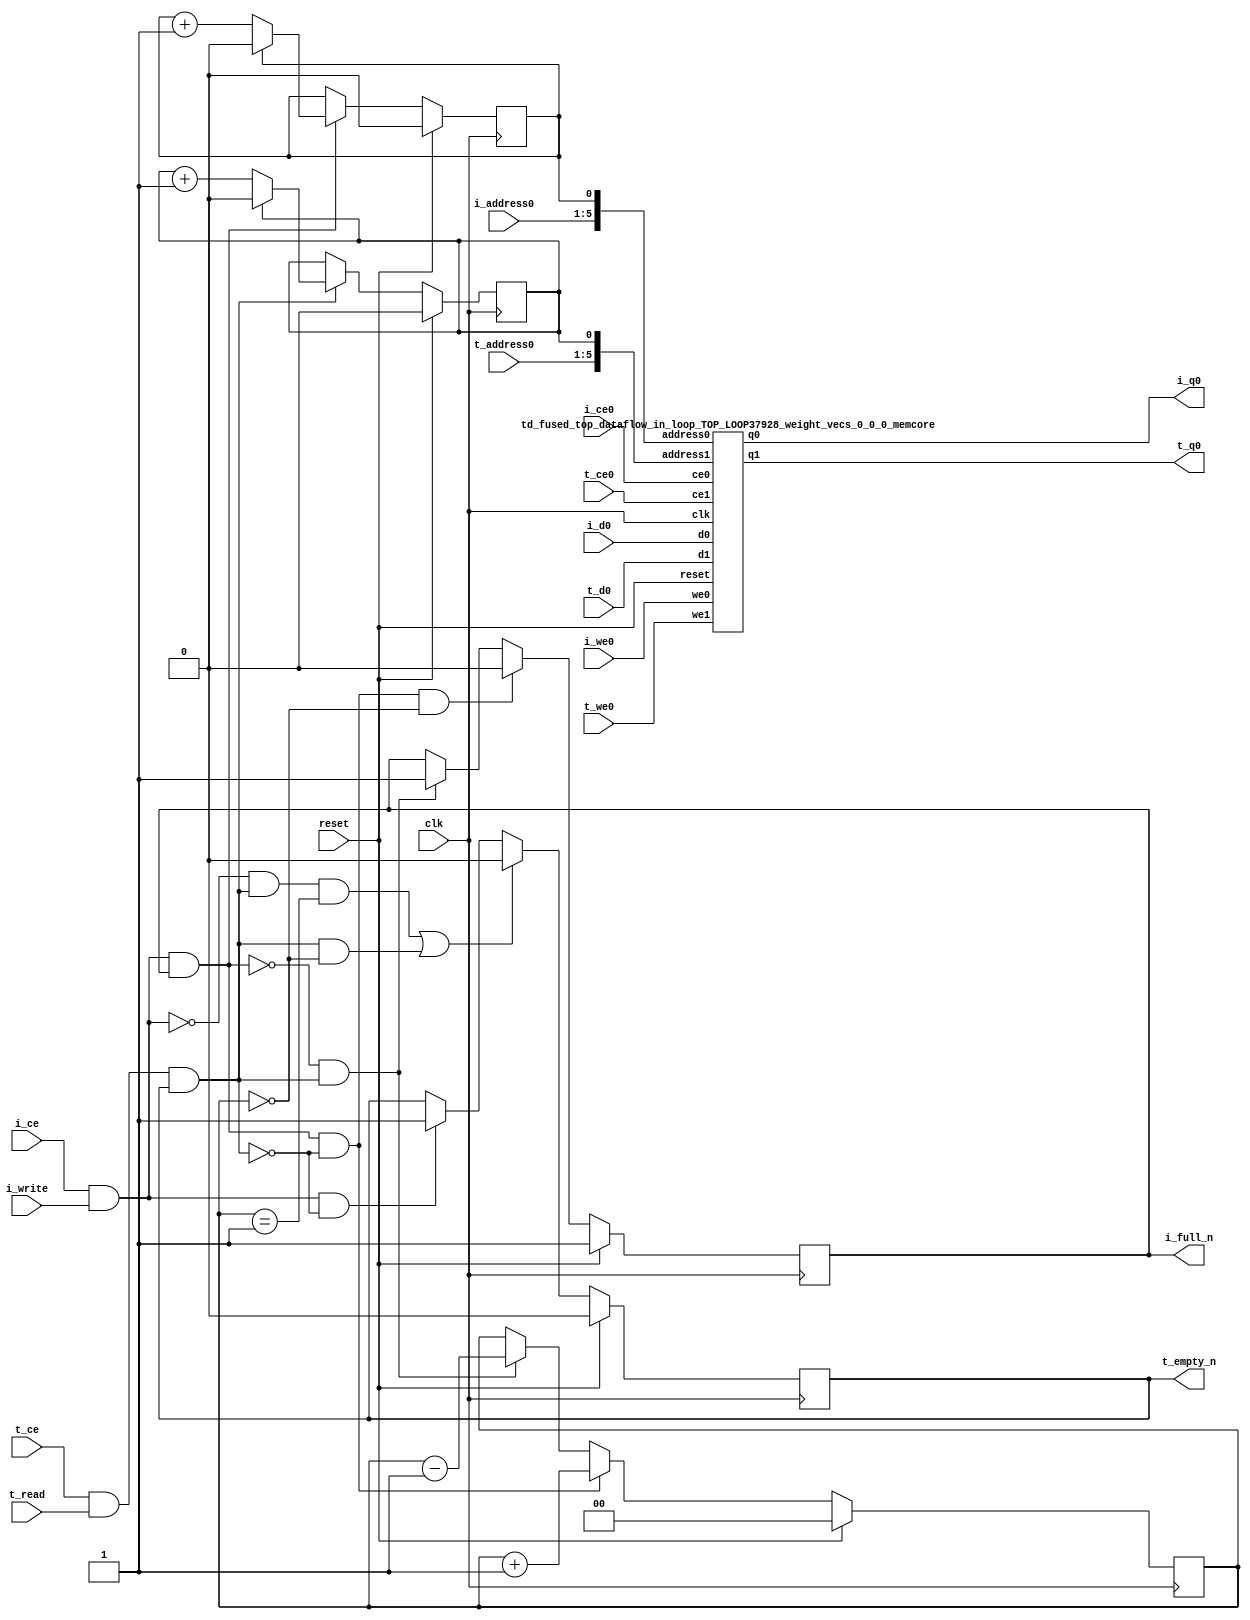
`define EXPONENT 5
`define MANTISSA 10
`define ACTUAL_MANTISSA 11
`define EXPONENT_LSB 10
`define EXPONENT_MSB 14
`define MANTISSA_LSB 0
`define MANTISSA_MSB 9
`define MANTISSA_MUL_SPLIT_LSB 3
`define MANTISSA_MUL_SPLIT_MSB 9
`define SIGN 1
`define SIGN_LOC 15
`define DWIDTH (`SIGN+`EXPONENT+`MANTISSA)
`define IEEE_COMPLIANCE 1

module td_fused_top_dataflow_in_loop_TOP_LOOP37928_weight_vecs_0_0_0
#(parameter
    DataWidth    = 16,
    AddressRange = 32,
    AddressWidth = 5,
    BufferCount  = 2,
    IndexWidth   = 1
) (
    // system signals
    input  wire                    clk,
    input  wire                    reset,
    // initiator
    input  wire                    i_ce,
    input  wire                    i_write,
    output wire                    i_full_n,
    input  wire                    i_ce0,
    input  wire                    i_we0,
    input  wire [AddressWidth-1:0] i_address0,
    input  wire [DataWidth-1:0]    i_d0,
    output wire [DataWidth-1:0]    i_q0,
    // target
    input  wire                    t_ce,
    input  wire                    t_read,
    output wire                    t_empty_n,
    input  wire                    t_ce0,
    input  wire                    t_we0,
    input  wire [AddressWidth-1:0] t_address0,
    input  wire [DataWidth-1:0]    t_d0,
    output wire [DataWidth-1:0]    t_q0
);
//------------------------Local signal-------------------
// control/status
reg  [IndexWidth-1:0]   iptr    = 1'b0; // initiator index
reg  [IndexWidth-1:0]   tptr    = 1'b0; // target index
reg  [IndexWidth:0]     count   = 1'b0; // count of written buffers
reg                     full_n  = 1'b1; // whether all buffers are written
reg                     empty_n = 1'b0; // whether none of the buffers is written
wire                    push_buf;       // finish writing a buffer
wire                    write_buf;      // write a buffer
wire                    pop_buf;        // finish reading a buffer
wire [AddressWidth+IndexWidth-1:0]   memcore_iaddr;
wire [AddressWidth+IndexWidth-1:0]   memcore_taddr;

//------------------------Instantiation------------------
assign memcore_iaddr = {i_address0, iptr};
assign memcore_taddr = {t_address0, tptr};
td_fused_top_dataflow_in_loop_TOP_LOOP37928_weight_vecs_0_0_0_memcore td_fused_top_dataflow_in_loop_TOP_LOOP37928_weight_vecs_0_0_0_memcore_U (
    .reset    ( reset ),
    .clk      ( clk ),
    .address0 ( memcore_iaddr ),
    .ce0      ( i_ce0 ),
    .we0      ( i_we0),
    .d0       ( i_d0 ),
    .q0       ( i_q0 ),
    .address1 ( memcore_taddr ),
    .ce1      ( t_ce0 ),
    .we1      ( t_we0),
    .d1       ( t_d0 ),
    .q1       ( t_q0 )

);

//------------------------Body---------------------------

//++++++++++++++++++++++++output+++++++++++++++++++++++++
assign i_full_n  = full_n;
assign t_empty_n = empty_n;
//+++++++++++++++++++++++++++++++++++++++++++++++++++++++

//++++++++++++++++++++++++control/status+++++++++++++++++
assign push_buf = i_ce & i_write & full_n;
assign write_buf = i_ce & i_write;
assign pop_buf  = t_ce & t_read & empty_n;

// iptr
always @(posedge clk) begin
    if (reset == 1'b1)
        iptr <= 1'b0;
    else if (push_buf) begin
        if (iptr == BufferCount - 1'b1)
            iptr <= 1'b0;
        else
            iptr <= iptr + 1'b1;
    end
end

// tptr
always @(posedge clk) begin
    if (reset == 1'b1)
        tptr <= 1'b0;
    else if (pop_buf) begin
        if (tptr == BufferCount - 1'b1)
            tptr <= 1'b0;
        else
            tptr <= tptr + 1'b1;
    end
end

// count
always @(posedge clk) begin
    if (reset == 1'b1)
        count <= 1'b0;
    else if (push_buf && !pop_buf)
        count <= count + 1'b1;
    else if (!push_buf && pop_buf)
        count <= count - 1'b1;
end

// full_n
always @(posedge clk) begin
    if (reset == 1'b1)
        full_n <= 1'b1;
    else if (push_buf && !pop_buf && count == BufferCount - 2'd2)
        full_n <= 1'b0;
    else if (!push_buf && pop_buf)
        full_n <= 1'b1;
end

// empty_n
always @(posedge clk) begin
    if (reset == 1'b1)
        empty_n <= 1'b0;
    else if ((!write_buf && pop_buf && count == 1'b1)
             || (pop_buf && count == 1'b0))
        empty_n <= 1'b0;
    else if (write_buf && !pop_buf)
        empty_n <= 1'b1;
end
//+++++++++++++++++++++++++++++++++++++++++++++++++++++++

endmodule
module td_fused_top_dataflow_in_loop_TOP_LOOP37928_weight_vecs_0_0_0_memcore(
    reset,
    clk,
    address0,
    ce0,
    we0,
    d0,
    q0,
    address1,
    ce1,
    we1,
    d1,
    q1);

parameter DataWidth = 32'd16;
parameter AddressRange = 32'd64;
parameter AddressWidth = 32'd6;
input reset;
input clk;
input[AddressWidth - 1:0] address0;
input ce0;
input we0;
input[DataWidth - 1:0] d0;
output[DataWidth - 1:0] q0;
input[AddressWidth - 1:0] address1;
input ce1;
input we1;
input[DataWidth - 1:0] d1;
output[DataWidth - 1:0] q1;



td_fused_top_dataflow_in_loop_TOP_LOOP37928_weight_vecs_0_0_0_memcore_ram td_fused_top_dataflow_in_loop_TOP_LOOP37928_weight_vecs_0_0_0_memcore_ram_U(
    .clk( clk ),
    .addr0( address0 ),
    .ce0( ce0 ),
    .we0( we0 ),
    .d0( d0 ),
    .q0( q0 ),
    .addr1( address1 ),
    .ce1( ce1 ),
    .we1( we1 ),
    .d1( d1 ),
    .q1( q1 )
);

endmodule
module td_fused_top_dataflow_in_loop_TOP_LOOP37928_weight_vecs_0_0_0_memcore_ram (addr0, ce0, d0, we0, q0, addr1, ce1, d1, we1, q1,  clk);

parameter DWIDTH = 16;
parameter AWIDTH = 6;
parameter MEM_SIZE = 64;

input[AWIDTH-1:0] addr0;
input ce0;
input[DWIDTH-1:0] d0;
input we0;
output reg[DWIDTH-1:0] q0;
input[AWIDTH-1:0] addr1;
input ce1;
input[DWIDTH-1:0] d1;
input we1;
output reg[DWIDTH-1:0] q1;
input clk;

reg [DWIDTH-1:0] ram[MEM_SIZE-1:0];




always @(posedge clk)  
begin 
    if (ce0) begin
        if (we0) 
            ram[addr0] <= d0; 
        q0 <= ram[addr0];
    end
end


always @(posedge clk)  
begin 
    if (ce1) begin
        if (we1) 
            ram[addr1] <= d1; 
        q1 <= ram[addr1];
    end
end


endmodule